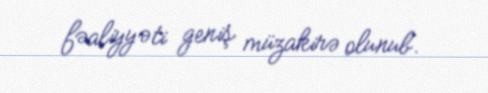
fəaliyyəti geniş müzakirə olunub.